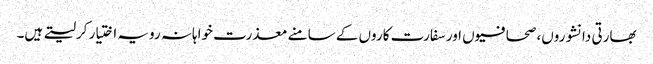
بھارتی دانشوروں، صحافیوں اور سفارت کاروں کے سامنے معذرت خواہانہ رویہ اختیار کرلیتے ہیں۔